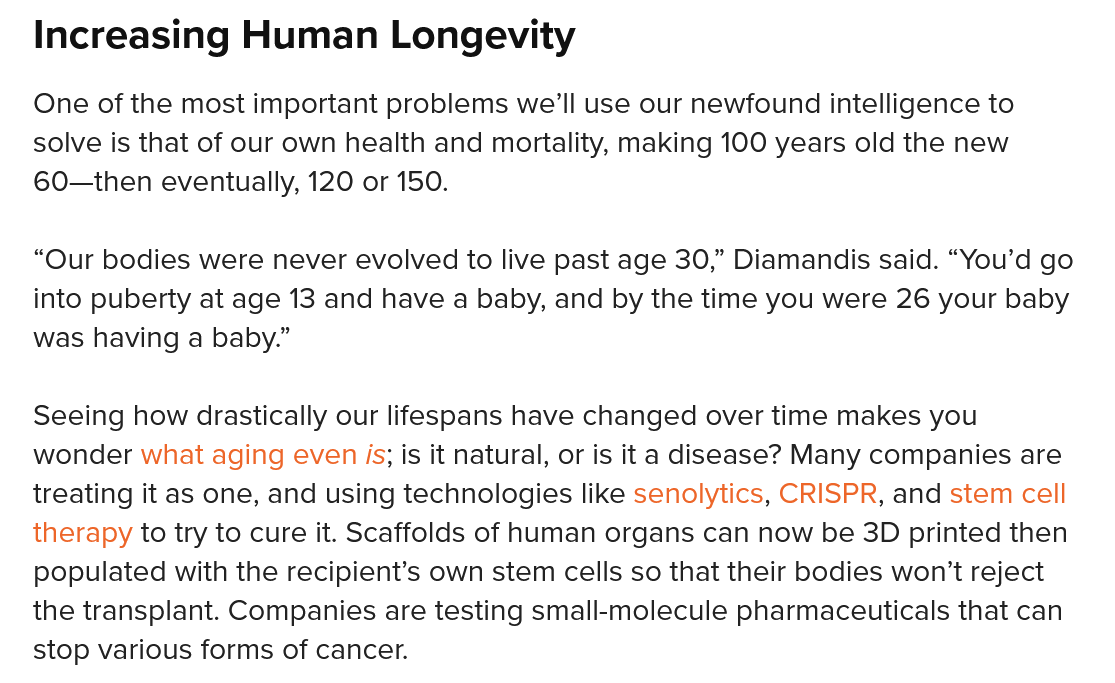
Increasing    Human    Longevity
   One of the most important problems we'll use our newfound intelligence to
   solve is that of our own health and mortality, making 100 years old the new
   60—then eventually, 120 or 150.
   “Our bodies were never evolved to live past age 30,” Diamandis said. “You’d go
   into puberty at age 13 and have a baby, and by the time you were 26 your baby
   was having a baby.”
   Seeing how drastically our lifespans have changed over time makes you
   wonder what aging even is; is it natural, or is it a disease? Many companies are
   treating it as one, and using technologies like senolytics, CRISPR, and stem cell
   therapy to try to cure it. Scaffolds of human organs can now be 3D printed then
   populated with the recipient’s own stem cells so that their bodies won’t reject
   the transplant. Companies are testing small-molecule pharmaceuticals that can
   stop various forms of cancer.